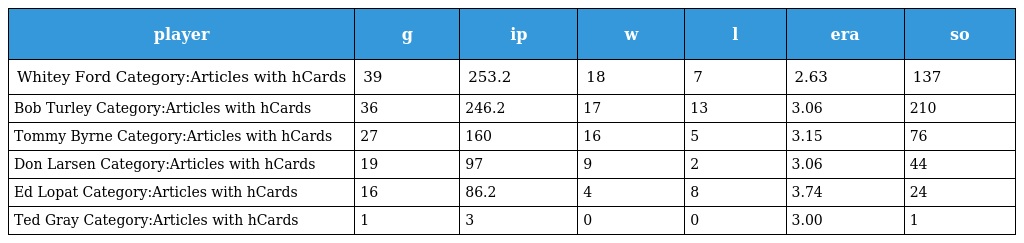
| player | g | ip | w | l | era | so |
 | --- | --- | --- | --- | --- | --- | --- |
 | Whitey Ford Category:Articles with hCards | 39 | 253.2 | 18 | 7 | 2.63 | 137 |
 | Bob Turley Category:Articles with hCards | 36 | 246.2 | 17 | 13 | 3.06 | 210 |
 | Tommy Byrne Category:Articles with hCards | 27 | 160 | 16 | 5 | 3.15 | 76 |
 | Don Larsen Category:Articles with hCards | 19 | 97 | 9 | 2 | 3.06 | 44 |
 | Ed Lopat Category:Articles with hCards | 16 | 86.2 | 4 | 8 | 3.74 | 24 |
 | Ted Gray Category:Articles with hCards | 1 | 3 | 0 | 0 | 3.00 | 1 |